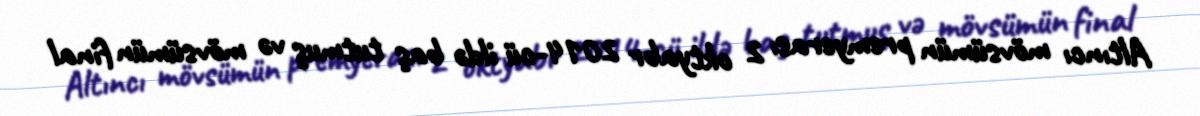
Altıncı mövsümün premyerası 2 oktyabr 2014-cü ildə baş tutmuş və mövsümün final